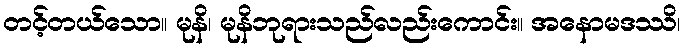
တင့်တယ်သော။ မုနိ၊ မုနိဘုရားသည်လည်းကောင်း။ အနောမဒဿိ၊